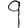
Digit: 9